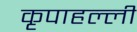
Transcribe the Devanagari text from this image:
कृपाहल्ली